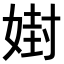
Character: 𪦇